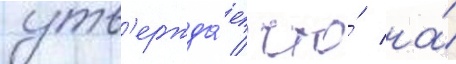
утв'ержда́ет / что́ на́